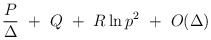
\begin{align*}\frac{P}{\Delta} ~+~ Q ~+~ R \ln p^2 ~+~ O(\Delta)\end{align*}